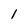
Character: l